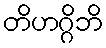
တိဟဂ္ဂိဘိ